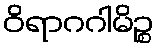
ဝိရာဂဂါမိဉ္စ